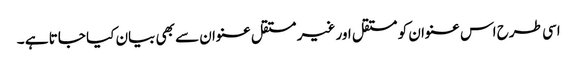
اسی طرح اس عنوان کو مستقل اور غیر مستقل عنوان سے بھی بیان کیا جاتا ہے ۔